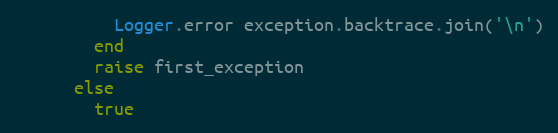
Language: Ruby
          Logger.error exception.backtrace.join('\n')
        end
        raise first_exception
      else
        true